Calcutta medical institutions reports 1879-81 [i.e.91]
Year: 1879
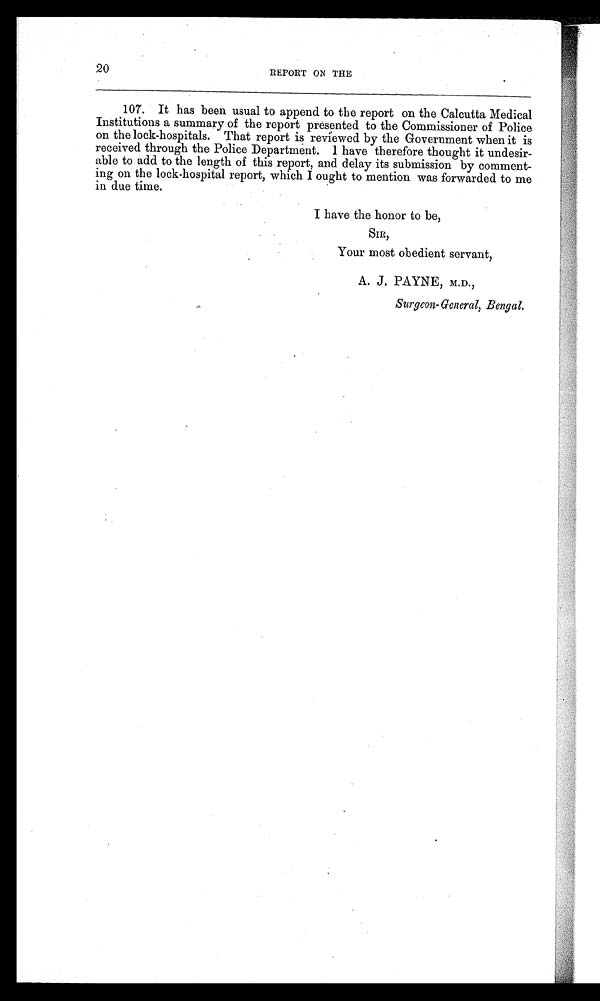
20
REPORT ON THE
107. It has been usual to append to the report on the Calcutta Medical
Institutions a summary of the report presented to the Commissioner of Police
on the lock-hospitals. That report is reviewed by the Government when it is
received through the Police Department. I have therefore thought it undesir
-able to add to the length of this report, and delay its submission by comment
-ing on the lock-hospital report, which I ought to mention was forwarded to me
in due time.
I have the honor to be,
SIR,
Your most obedient servant,
A. J . PAYNE, M.D.,
Surgeon-General, Bengal.